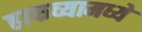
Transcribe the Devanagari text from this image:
हाफच्यामध्ये